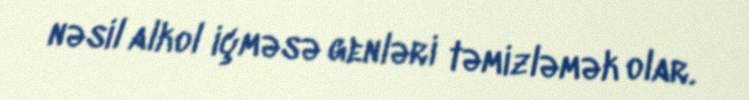
nəsil alkol içməsə genləri təmizləmək olar.